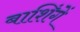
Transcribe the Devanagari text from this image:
बाशिंगें